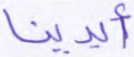
أيدينا